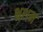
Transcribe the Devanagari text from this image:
भ्रशन